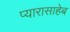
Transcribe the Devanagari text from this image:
प्यारासाहेब